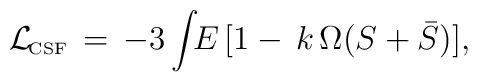
{\cal{L}}_{\! \mbox{\tiny{CSF}}}\,=\,-3 \int \! \! E \, [1 - \,k\,\Omega (S+\bar{S})],